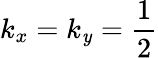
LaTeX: k_{x}=k_{\mathit{y}}=\frac{{1}}{{2}}